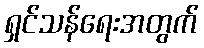
ရှင်သန်ရေးအတွက်